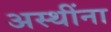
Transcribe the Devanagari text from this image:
अस्थींना